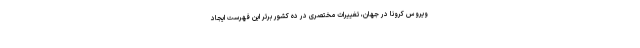
ویروس کرونا در جهان، تغییرات مختصری در ده کشور برتر این فهرست ایجاد